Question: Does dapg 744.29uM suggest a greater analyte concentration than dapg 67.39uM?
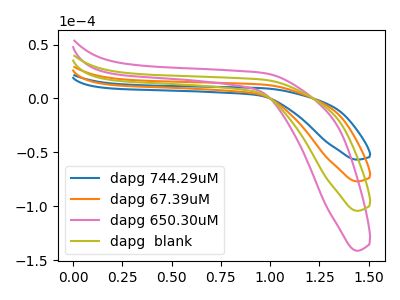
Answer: <think>The blue curve "dapg 744.29uM" has no peaks. The orange curve "dapg 67.39uM" has no peaks. The pink curve "dapg 650.30uM" has no peaks. The olive curve "dapg  blank" has no peaks.
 Neither "dapg 744.29uM" or "dapg 67.39uM" have any peaks.</think>
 <answer>I cant tell if "dapg 744.29uM" or "dapg 67.39uM" has more signal.</answer>
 <eval>mixed_signal</eval>